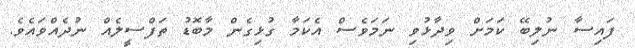
ފައިސާ ނުލިބޭ ކަމަށް ވިދާޅުވި ނަމަވެސް އެކަމާ ގުޅިގެން މާބޮޑު ތަފްސީލެއް ނުދެއްވައެވެ.